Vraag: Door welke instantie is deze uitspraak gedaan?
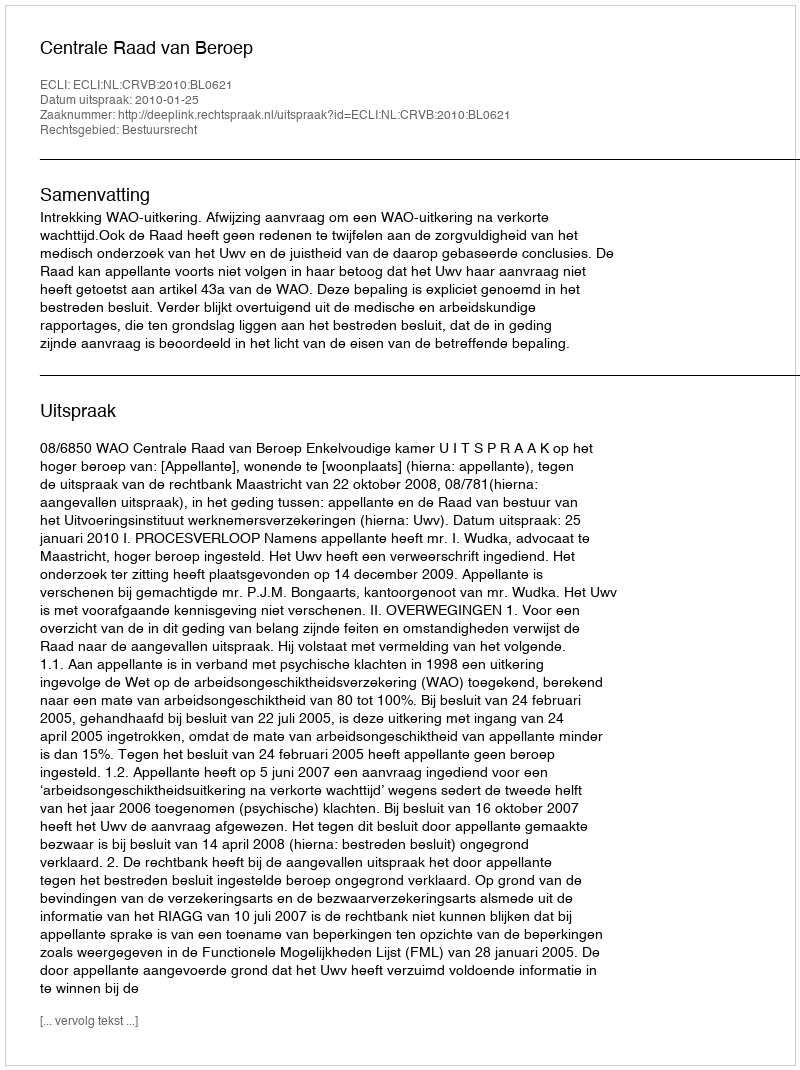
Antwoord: Centrale Raad van Beroep